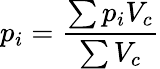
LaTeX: p_{i}=\frac{\sum p_{i}V_{c}}{\sum V_{c}}